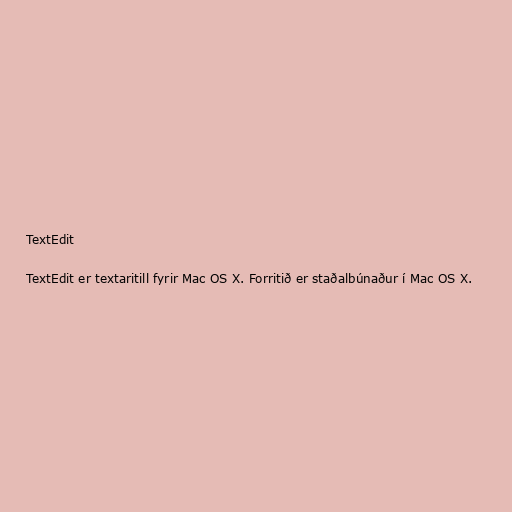
TextEdit

TextEdit er textaritill fyrir Mac OS X. Forritið er staðalbúnaður í Mac OS X.